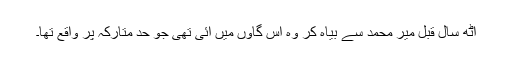
آٹھ سال قبل میر محمد سے بیاہ کر وہ اس گاؤں میں آئی تھی جو حدِ متارکہ پر واقع تھا۔